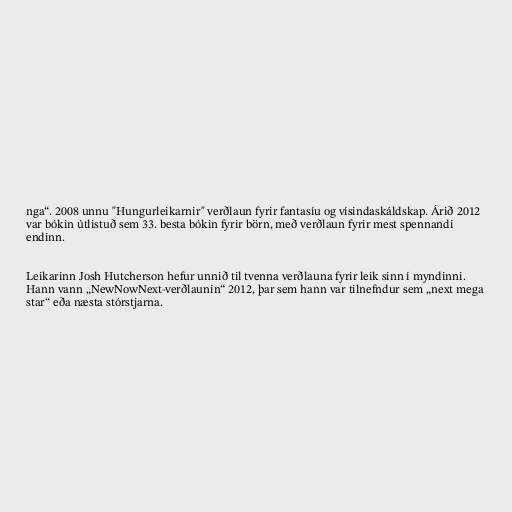
nga“. 2008 unnu "Hungurleikarnir" verðlaun fyrir fantasíu og vísindaskáldskap. Árið 2012
var bókin útlistuð sem 33. besta bókin fyrir börn, með verðlaun fyrir mest spennandi
endinn.

Leikarinn Josh Hutcherson hefur unnið til tvenna verðlauna fyrir leik sinn í myndinni.
Hann vann „NewNowNext-verðlaunin“ 2012, þar sem hann var tilnefndur sem „next mega
star“ eða næsta stórstjarna.